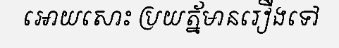
អោយសោះ ប្រយត្ន័មានរឿងទៅ